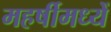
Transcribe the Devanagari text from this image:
महर्षीमध्यें